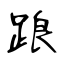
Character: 踉